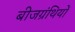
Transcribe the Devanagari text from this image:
बीजग्रंथियों